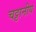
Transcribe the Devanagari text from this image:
चट्टानीय